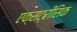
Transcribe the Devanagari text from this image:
एक्सट्रीसिक